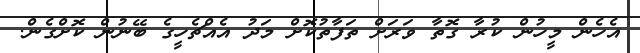
އެހެން މީހުން ކުރާ ގޮތާ ވަރަށް ތަފާތުކޮށް މަދު އެއްޗެހީގެ ބޭނުން ކޮށްގެން.